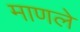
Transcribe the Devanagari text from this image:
माणले